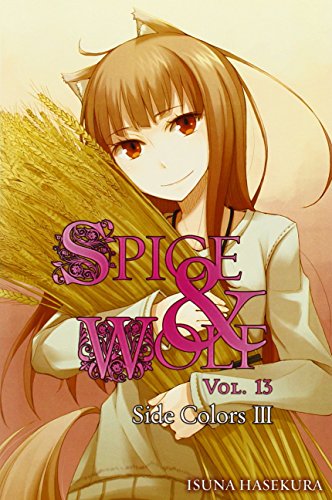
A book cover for Spice and Wolf, Vol. 13: Side Colors 3; Isuna Hasekura; Science Fiction & Fantasy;